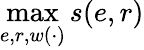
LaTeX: \operatorname*{max}_{e,r,w(\cdot)}s(e,r)